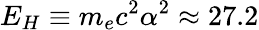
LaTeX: E_{H}\equiv m_{e}c^{2}\alpha^{2}\approx 27.2